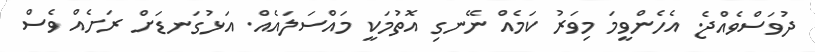
ދުވަސްވެއްޖެ. އެހެންވީމަ މިވަރު ކަމެއް ނޭނގި އޮތުމަކީ މައްސަލައެއް. އަޅުގަނޑަށް ރަށެެއް ވެސް